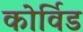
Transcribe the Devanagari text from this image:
कोर्विड